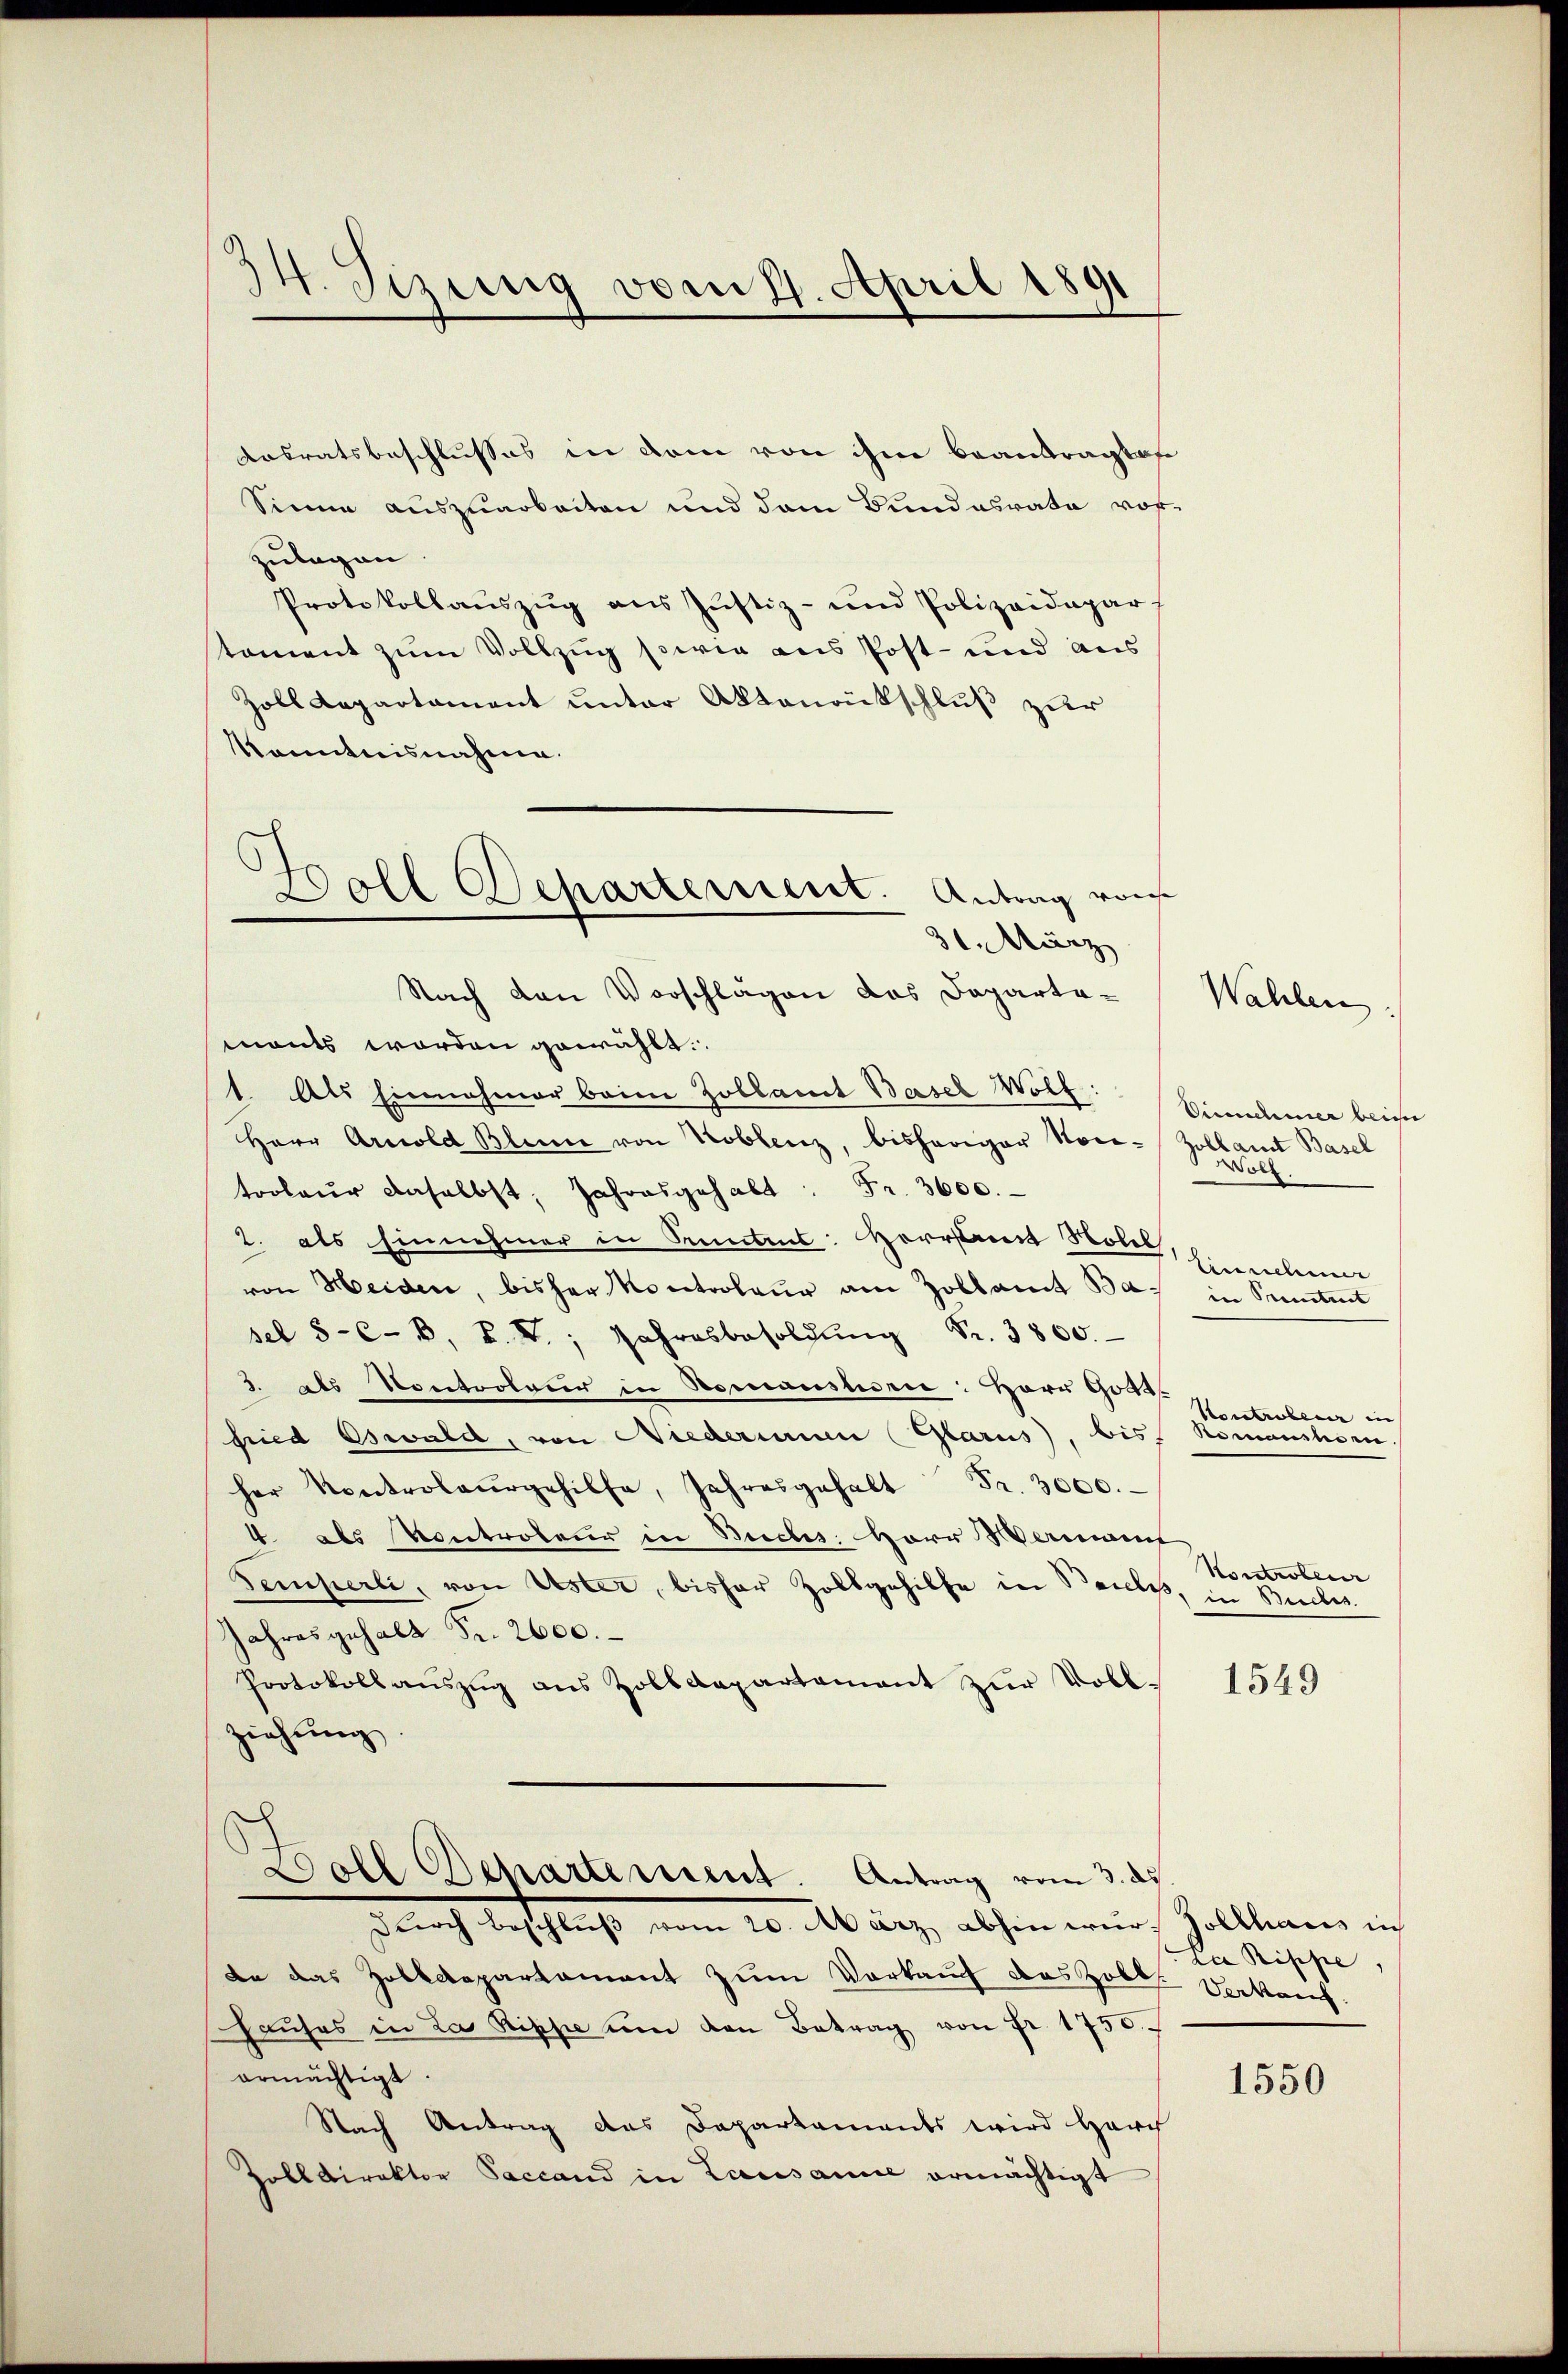
14. Sizung vom 17. April 1891

Ansratsbeschlusses in dem von ihm beantragte
Sinne auszuarbeiten und dem Bundesrata rofzulegen.
Protokollauszug aus Justiz- und Polizeidepar
stament zum Vollzug sowie aus Post- und aus
Zoll Lapartament unter Aktenrückschluß zur
Kenntnisnahme.
Nach den Vorschlägen das Dapartamants worden gewählt.
1. Als Einnahmer beim Zollamt Basel Wolf Biendamer beigen
Herr Arnold Blume von Koblenz, bisheriger Non-
troleur daselbst, Jahresgehalt: Fr. 3600.
2. als Einnehmer in Kenntens: Horstant Nolel,
von Heiden, bisher Kontroleur am Zollamt Bas in Sentit
sel 5-C-B. P. V., Jahresbesoldŭng Fr. 3800.
3. als Kontroleur in Romanisiden: Herr Gotts
sried Oswald, von Niederinn (Glarus, bis Romanitiven
her Kontrolaŭrgehilfe, Jahresgehalt Fr. 3000.
4. als Kontrateur in Buches Herr Wermanit
Temperli, von Uster, bisher Zollgehilfe in Beile, in Stückes.
Jahres gehalt Fr. 2600.
Protokoll auszug aus Zolldepartement zur Vollziehung.
Boll Departement. Antrag vom 3. ds.
dŭrch Beschlŭβ vom 20. März abhin wer Zollhaus in
de das Zolldepartament zum Vorkauf das Zoll
haŭses in La Risse ŭm den Betrag von Fr. 1750.
ermächtigt.
Nach Antrag des Departaments wird Harch
Zolldirektor Saccand in Lausanne ermächtigt

Boll Separtement. Antrag von
31. März

zollamt Basel
ol
tiennehme
Konstruberer in
Kontrolen

Wahlen.

1549

La Rippe,
Verkauf.

1550